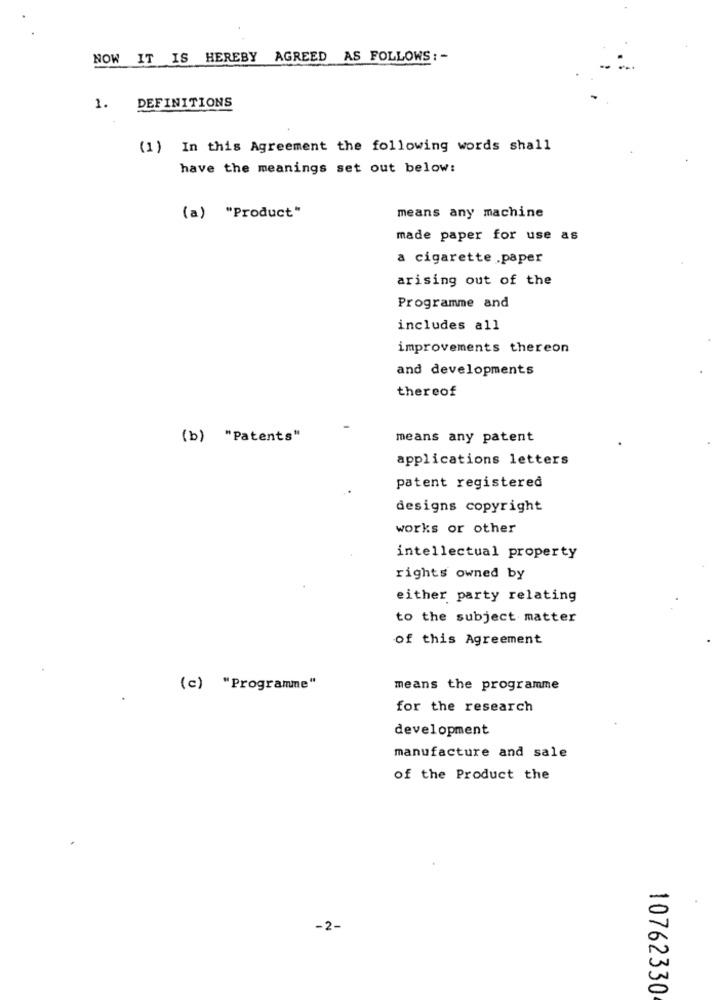
NOW IT IS HEREBY AGREED AS FOLLOWS: -
DEFINITIONS
1.
(1) In this Agreement the following words shall
have the meanings set out below:
(a) "Product"
means any machine
made paper for use as
a cigarette .paper
arising out of the
Programme and
includes all
improvements thereon
and developments
thereof
(b) "Patents"
means any patent
applications letters
patent registered
designs copyright
works or other
intellectual property
rights owned by
either party relating
to the subject matter
of this Agreement
(c) "Programme"
means the programme
for the research
development
manufacture and sale
of the Product the
-2-
10762330